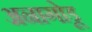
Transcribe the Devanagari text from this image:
अनागोडू